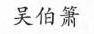
吴伯箫